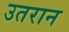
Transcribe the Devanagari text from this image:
उतरान